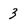
Character: 3